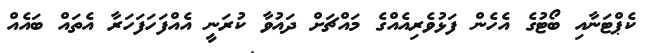
ކެޕްޓަނާއި ބޯޓުގެ އެހެން ފަޅުވެރިއެއްގެ މައްޗަށް ދައުވާ ކުރަނީ އެއްފަހަފަހަރާ އެތައް ބައެއް